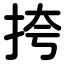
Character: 挎